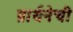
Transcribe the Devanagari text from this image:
प्रार्थनेची